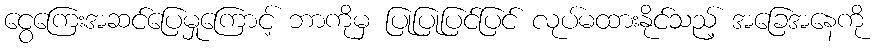
ငွေကြေးအဆင်ပြေမှုကြောင့် ဘာကိုမှ ပြုပြုပြင်ပြင် လုပ်မထားနိုင်သည့် အခြေအနေကို